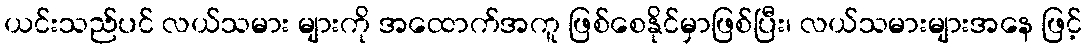
ယင်းသည်ပင် လယ်သမား များကို အထောက်အကူ ဖြစ်စေနိုင်မှာဖြစ်ပြီး၊ လယ်သမားများအနေ ဖြင့်